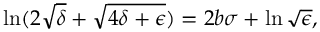
\ln ( 2 \sqrt { \delta } + \sqrt { 4 \delta + \epsilon } ) = 2 b \sigma + \ln \sqrt { \epsilon } ,